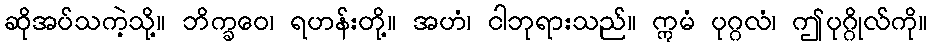
ဆိုအပ်သကဲ့သို့။ ဘိက္ခဝေ၊ ရဟန်းတို့။ အဟံ၊ ငါဘုရားသည်။ ဣမံ ပုဂ္ဂလံ၊ ဤပုဂ္ဂိုလ်ကို။